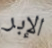
الإبر